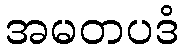
အမတပဒံ